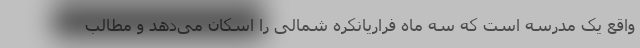
واقع یک مدرسه است که سه ماه فراریانکره شمالی را اسکان می‌دهد و مطالب